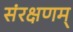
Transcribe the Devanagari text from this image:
संरक्षणम्‌